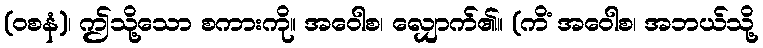
(ဝစနံ)၊ ဤသို့သော စကားကို။ အဝေါစ၊ လျှောက်၏။ (ကိံ အဝေါစ၊ အဘယ်သို့